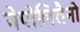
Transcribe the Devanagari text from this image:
नेपोलितैनो